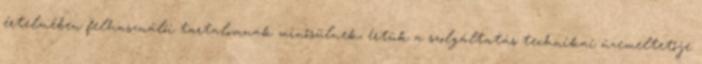
értelmében felhasználói tartalomnak minősülnek, értük a szolgáltatás technikai üzemeltetője